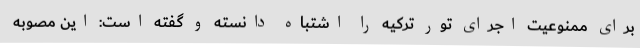
برای ممنوعیت اجرای تور ترکیه را اشتباه دانسته و گفته است: این مصوبه